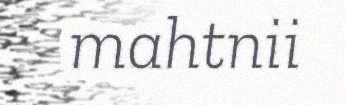
mahtnii